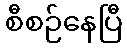
စီစဉ်နေပြီ